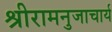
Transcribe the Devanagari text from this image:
श्रीरामनुजाचार्य